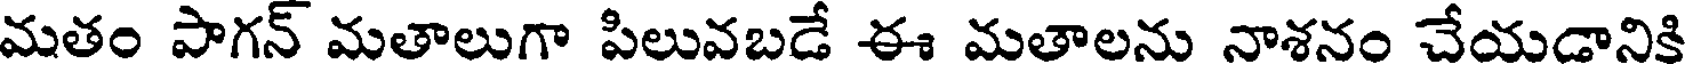
మతం పాగన్ మతాలుగా పిలువబడే ఈ మతాలను నాశనం చేయడానికి